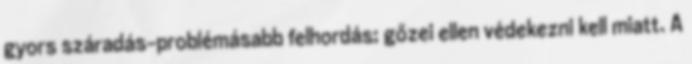
gyors száradás-problémásabb felhordás; gőzei ellen védekezni kell miatt. A